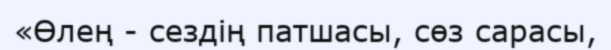
«Өлең - сездің патшасы, сөз сарасы,